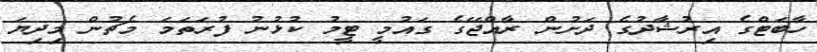
ހާބަޓްގެ އިރުޝާދުގެ ދަށުން ރާއްޖޭގެ ގައުމީ ޓީމު ކުޅުނު ފުރަތަމަ މެޗުން މިދިޔަ